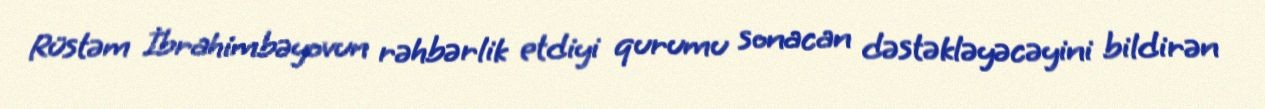
Rüstəm İbrahimbəyovun rəhbərlik etdiyi qurumu sonacan dəstəkləyəcəyini bildirən